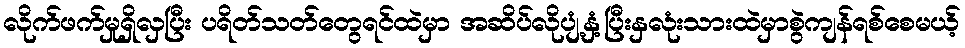
လိုက်ဖက်မှုရှိလှပြီး ပရိတ်သတ်တွေရင်ထဲမှာ အဆိပ်လိုပျံ့နှံ့ပြီးနှလုံးသားထဲမှာစွဲကျန်ရစ်စေမယ့်